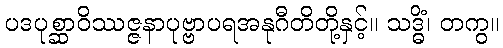
ပဒပုစ္ဆာဝိဿဇ္ဇနာပုဗ္ဗာပရအနုဂီတိတို့နှင့်။ သဒ္ဓိံ၊ တကွ။